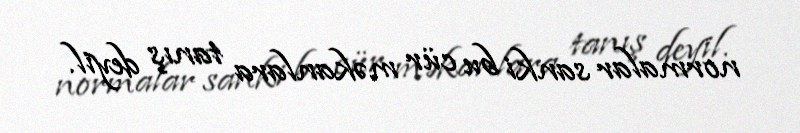
normalar sanki bu cür məkanlara tanış deyil.